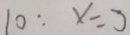
1 0 : x = 3